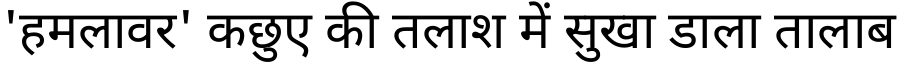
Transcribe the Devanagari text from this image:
'हमलावर' कछुए की तलाश में सुखा डाला तालाब